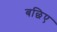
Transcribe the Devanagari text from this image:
बछिए